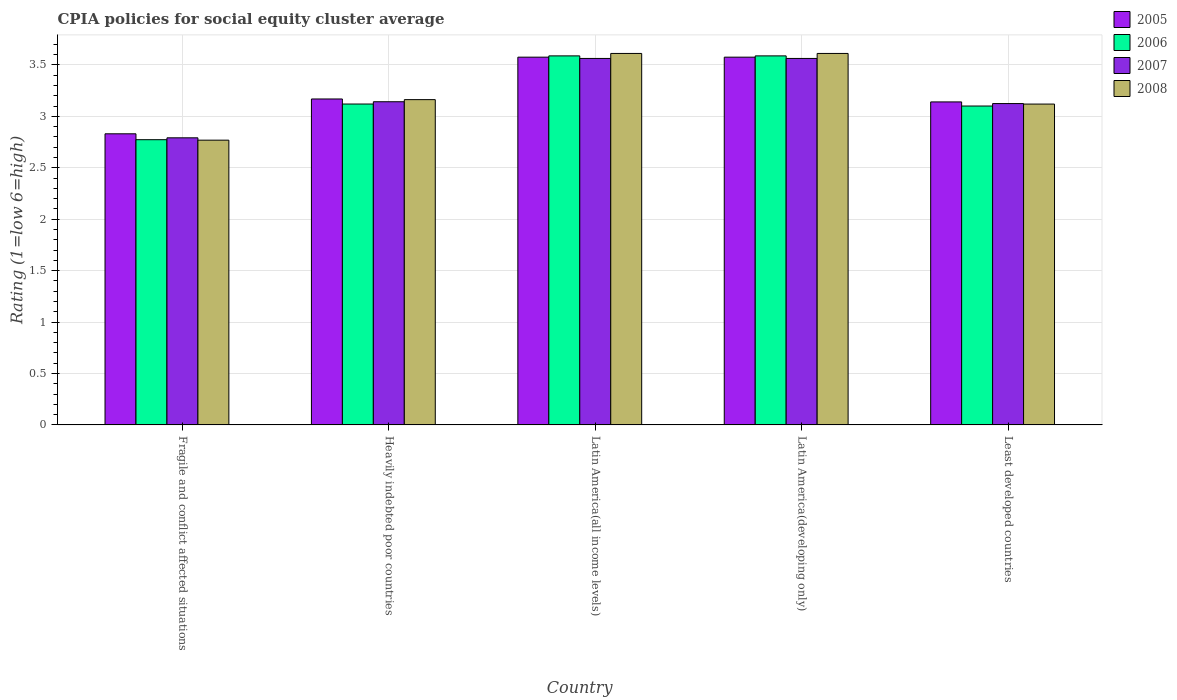
| Country | 2005 | 2006 | 2007 | 2008 |
 | --- | --- | --- | --- | --- |
 | Fragile and conflict affected situations | 2.83 | 2.77 | 2.79 | 2.77 |
 | Heavily indebted poor countries | 3.17 | 3.12 | 3.14 | 3.16 |
 | Latin America(all income levels) | 3.58 | 3.59 | 3.56 | 3.61 |
 | Latin America(developing only) | 3.58 | 3.59 | 3.56 | 3.61 |
 | Least developed countries | 3.14 | 3.1 | 3.12 | 3.12 |